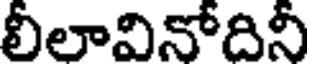
లీలావినోదినీ